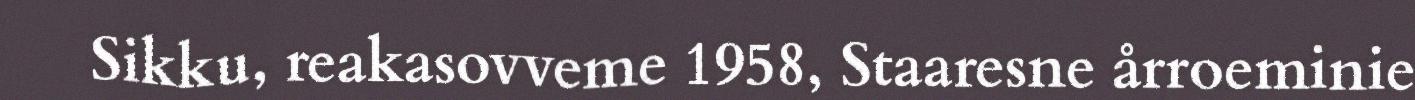
Sikku, reakasovveme 1958, Staaresne årroeminie